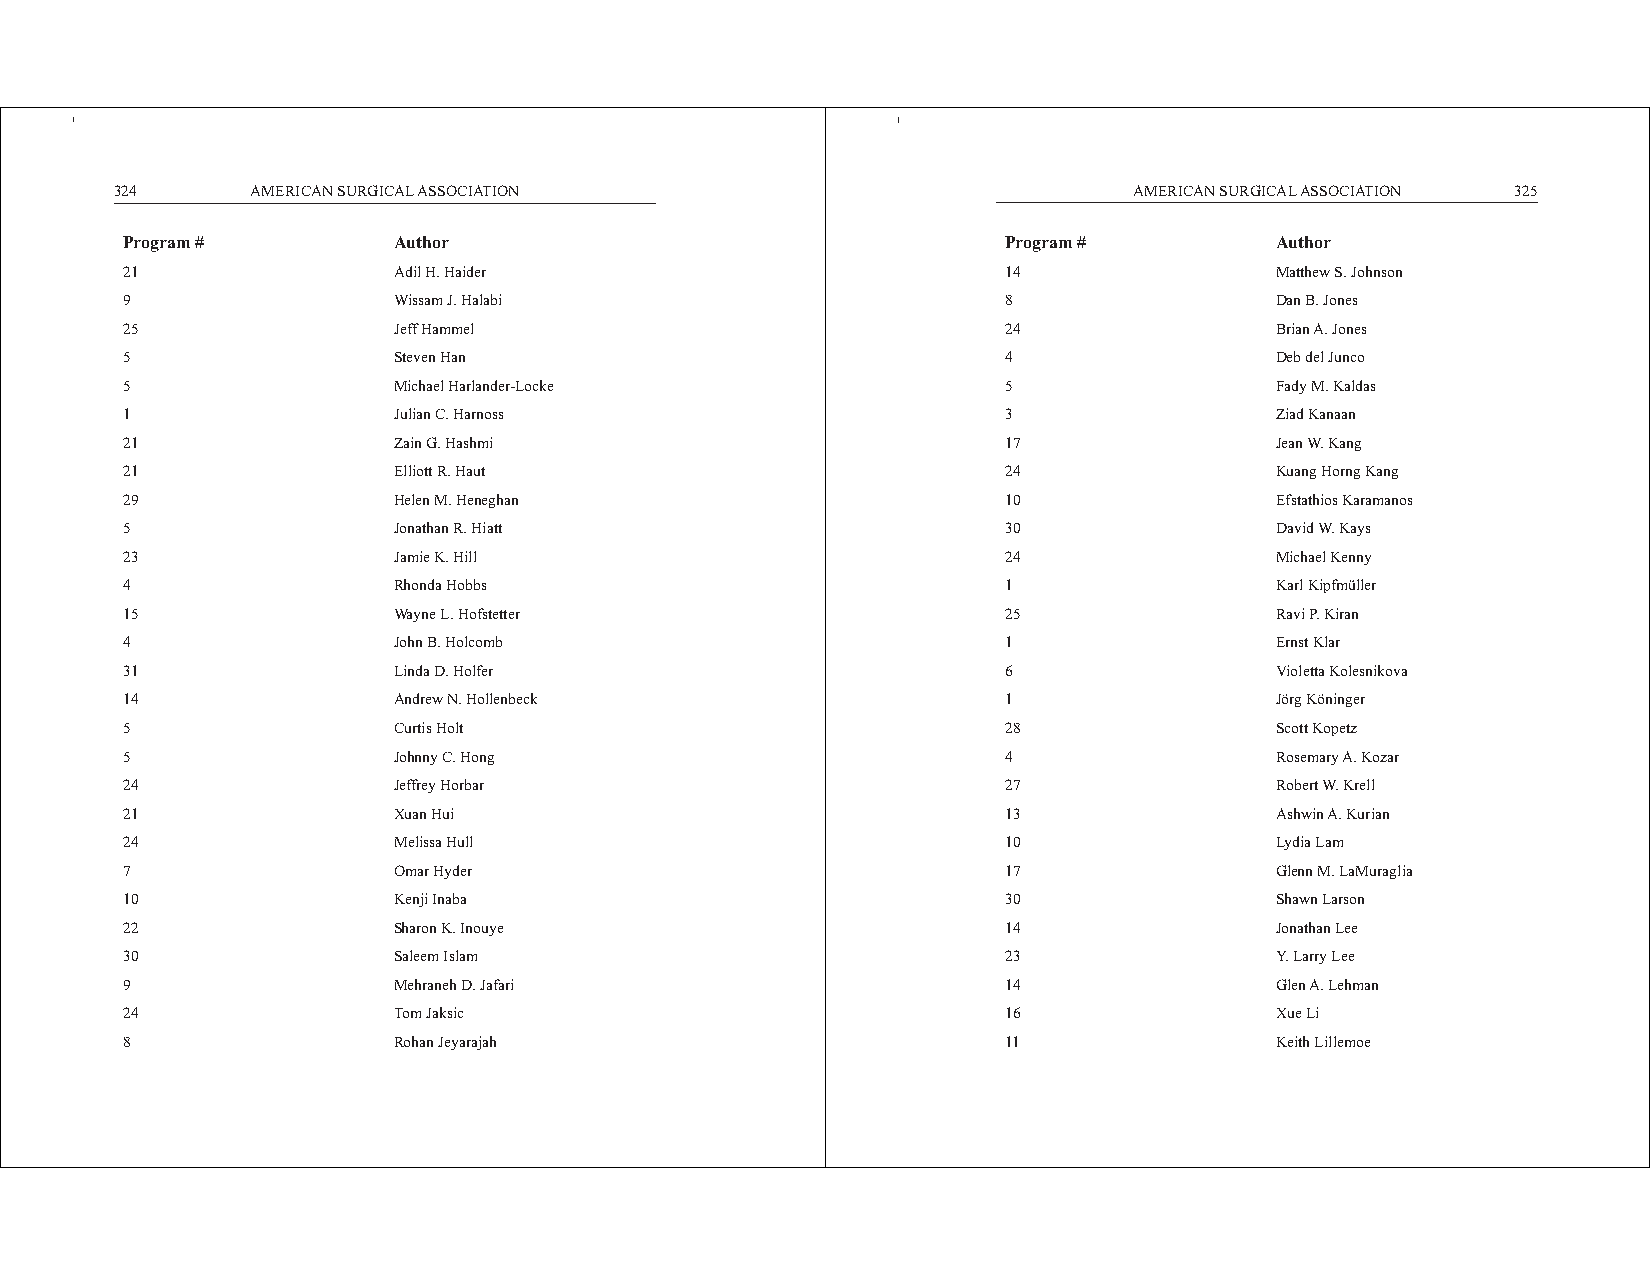
324      AMERICAN SURGICAL ASSOCIATION                             AMERICAN SURGICAL ASSOCIATION 325
 Program #         Author                                   Program #        Author
 21                Adil H. Haider                           14               Matthew S. Johnson
 9                 Wissam J. Halabi                         8                Dan B. Jones
 25                Jeff Hammel                              24               Brian A. Jones
 5                 Steven Han                               4                Deb del Junco
 5                 Michael Harlander-Locke                  5                Fady M. Kaldas
 1                 Julian C. Harnoss                        3                Ziad Kanaan
 21                Zain G. Hashmi                           17               Jean W. Kang
 21                Elliott R. Haut                          24               Kuang Horng Kang
 29                Helen M. Heneghan                        10               Efstathios Karamanos
 5                 Jonathan R. Hiatt                        30               David W. Kays
 23                Jamie K. Hill                            24               Michael Kenny
 4                 Rhonda Hobbs                             1                Karl Kipfmüller
 15                Wayne L. Hofstetter                      25               Ravi P. Kiran
 4                 John B. Holcomb                          1                Ernst Klar
 31                Linda D. Holfer                          6                Violetta Kolesnikova
 14                Andrew N. Hollenbeck                     1                Jörg Köninger
 5                 Curtis Holt                              28               Scott Kopetz
 5                 Johnny C. Hong                           4                Rosemary A. Kozar
 24                Jeffrey Horbar                           27               Robert W. Krell
 21                Xuan Hui                                 13               Ashwin A. Kurian
 24                Melissa Hull                             10               Lydia Lam
 7                 Omar Hyder                               17               Glenn M. LaMuraglia
 10                Kenji Inaba                              30               Shawn Larson
 22                Sharon K. Inouye                         14               Jonathan Lee
 30                Saleem Islam                             23               Y. Larry Lee
 9                 Mehraneh D. Jafari                       14               Glen A. Lehman
 24                Tom Jaksic                               16               Xue Li
 8                 Rohan Jeyarajah                          11               Keith Lillemoe